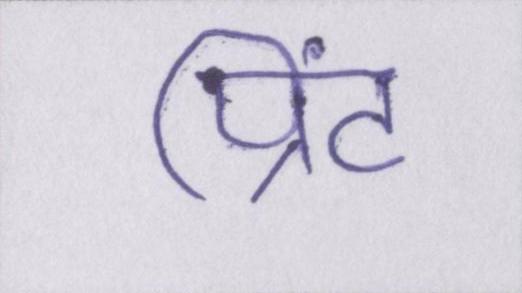
प्रिंट